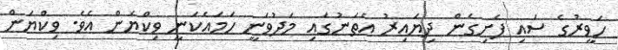
ހަވީރުގެ ސައި ފެށިގެން ދިޔައިރު އެތަނުގައި މަދުވަނީ ހަމައެކަނީ ވިކްޔަން އެވެ. ވިކްޔަން